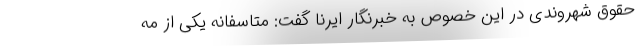
حقوق شهروندی در این خصوص به خبرنگار ایرنا گفت: متاسفانه یکی از مه